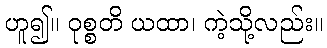
ဟူ၍။ ဝုစ္စတိ ယထာ၊ ကဲ့သို့လည်း။